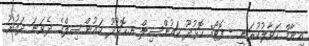
އިނާމް ހަވާލުކުރަނީ - ފޮޓޯ: ހޮޅުދޫ ކައުންސިލް ނ.ހޮޅުދޫ ކައުންސިލްގެ ދެވަނަ ދައުރު